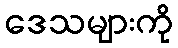
ဒေသများကို